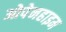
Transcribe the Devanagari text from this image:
ओपेनहाइम